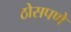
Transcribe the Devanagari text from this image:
ठोसपणे